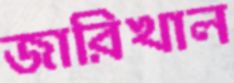
জারিখাল